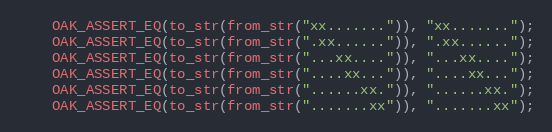
Language: C++
	OAK_ASSERT_EQ(to_str(from_str("xx.......")), "xx.......");
	OAK_ASSERT_EQ(to_str(from_str(".xx......")), ".xx......");
	OAK_ASSERT_EQ(to_str(from_str("...xx....")), "...xx....");
	OAK_ASSERT_EQ(to_str(from_str("....xx...")), "....xx...");
	OAK_ASSERT_EQ(to_str(from_str("......xx.")), "......xx.");
	OAK_ASSERT_EQ(to_str(from_str(".......xx")), ".......xx");